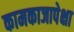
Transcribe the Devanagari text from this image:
कामकाजापेक्षा